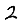
Digit: 2